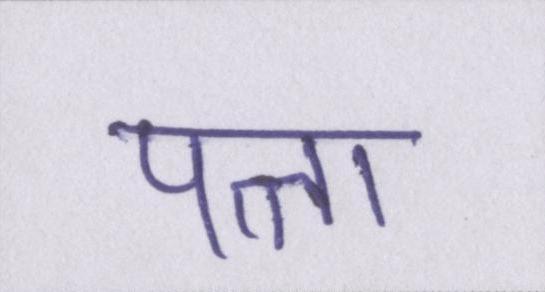
पत्ता